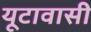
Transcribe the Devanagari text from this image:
यूटावासी